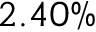
2 . 4 0 \%